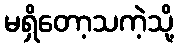
မရှိတော့သကဲ့သို့